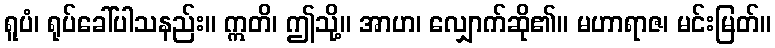
ရူပံ၊ ရုပ်ခေါ်ပါသနည်း။ ဣတိ၊ ဤသို့။ အာဟ၊ လျှောက်ဆို၏။ မဟာရာဇ၊ မင်းမြတ်။